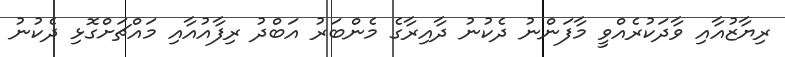
ރިޔާޒުއާއި ވާދަކުރެއްވީ މާފަންނު ދެކުނު ދާއިރާގެ މެންބަރު އަބްދު ރިފާއުއާއި މައްޗަށްގޮޅި ދެކުނު